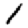
Digit: 1